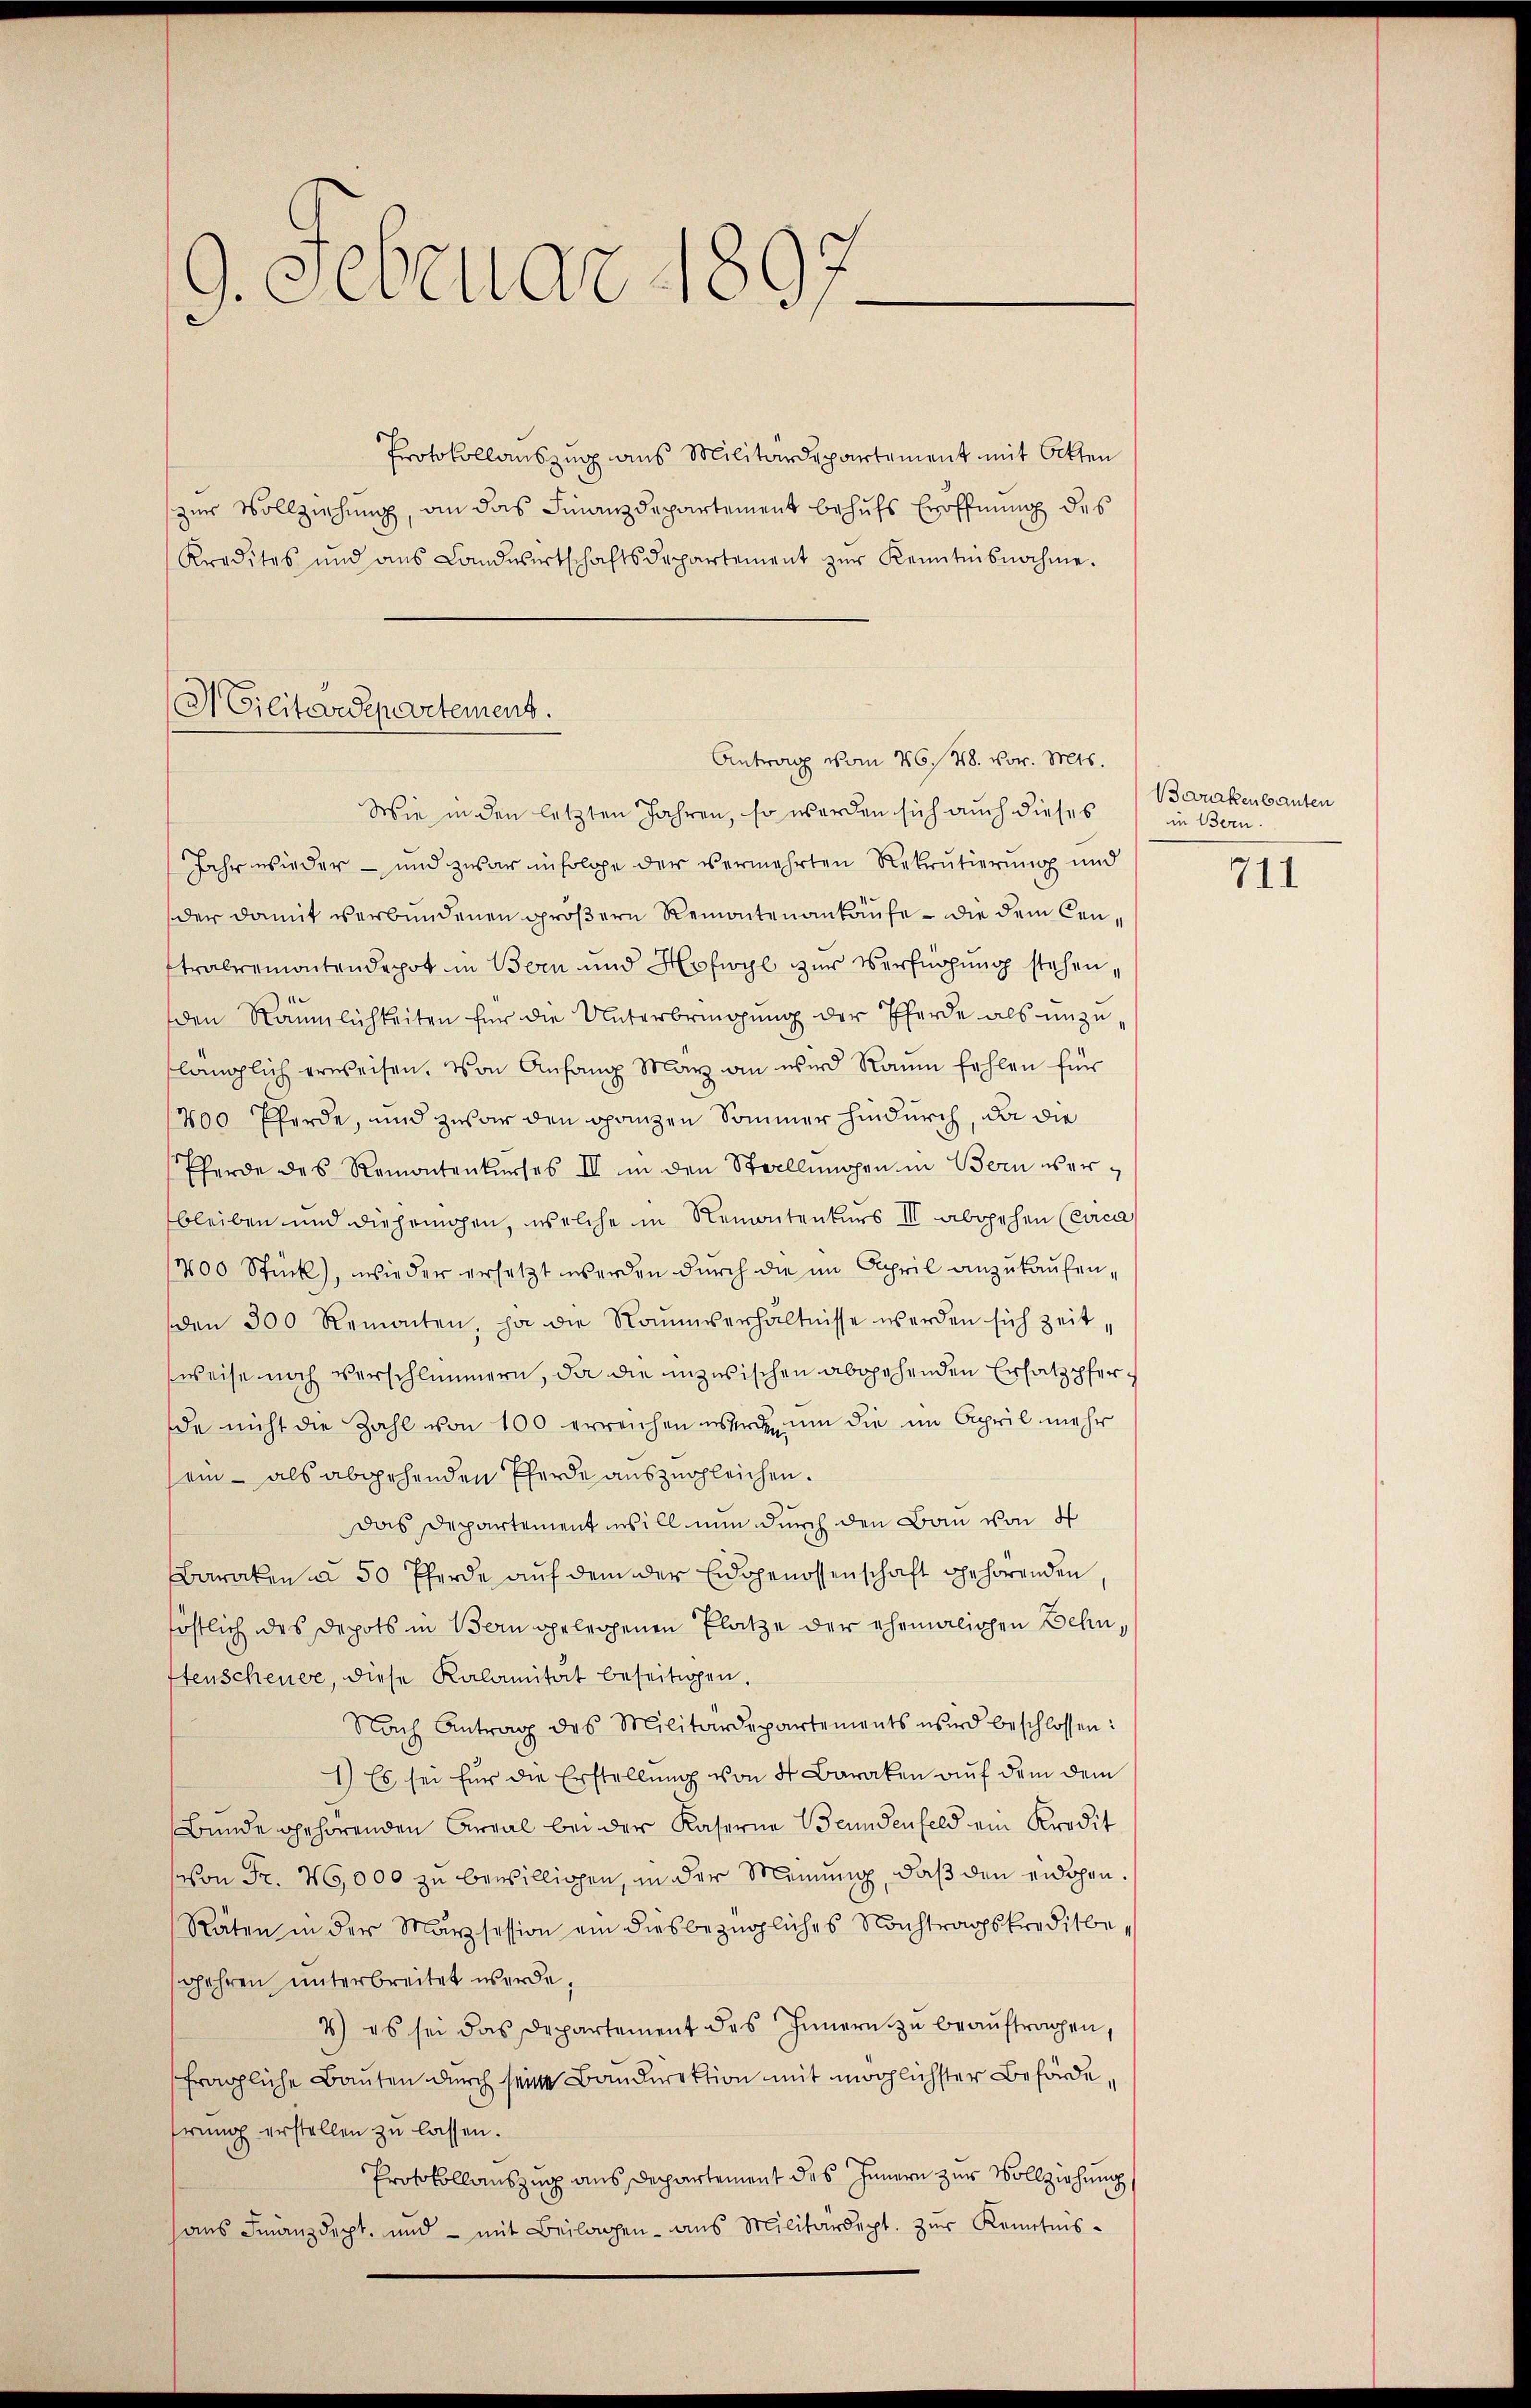
.
—
.Februar 189

Protokollauszug aus Militärdepartement mit Otten
zur Vollziehung, an das Finanzdepartement behufs Eröffnung des
Kredites und ans Landwirtschaftsdepartement zŭr Kenntnisnahme.

Militärdepartemens.
Antrag vom 26. 48. vor. Mts.

Wie in den letzten Jahren, so werden sich auch dieses
Jahr wieder – und zwar infolge der vermehrten Rekrutierung und
der damit verbundenen größere Remontenankaufe – die dem Cen¬
Stralermontendepot in Bern und Hofwyl zur Verfügung stehen,
den Räumlichkeiten für die Unterbringŭng der Pferde als unzulänglich erweisen. Von Anfang Marz an wird Raum fehlen für
1200 Pferde, und zwar den ganzen Sommer hindurch, da die
Pferde des Remontenkurses II in den Stellungen in Bern verbleiben und diejenigen, welche in Remontenkurs III abgehen (cica
400 Stück, wieder ersetzt werden durch die im April anzukaufen,
den 300 Remonten, ja die Raŭmverhältnisse werden sich zeit,
weise noch verschlimmern, da die inzwischen abgehenden Ersatzpferde nicht die Zahl von 100 erreichen wird in die im April mehr
sein - als abgehenden Pferde auszugleichen.
das Departement will nun durch den Bau von d
Baraken u. 50 Pferde auf dem der Eidsgenossenschaft gehörenden
töstlich des Depots in Bern gelegenen Platze der ehemalichen Behnstenscheuer, diese Kalamität beseitigen.
Nach Antrag des Militärdepartements wird beschlossen:
1) Es sei für die Erstellung von 4 Baraken auf dem dem
Bunde gehörenden Areal bei der Kaserne Beundenfeld ein Kredit
von Fr. 46,000 zu bewilligen, in der Meinung, daß den eidgen.
Räten in der Marzsession ein diesbezügliches Nachtragskreditbe,
Jahren unterbreitet werde,
2) es sei das Departement des Innern zu beauftragen,
fragliche Bauten durch seine Baudirektion mit möglichster Behörde,
erung erstellen zu lassen.
Protokollauszug aus Departement des Innern zur Vollziehung
ans Finanzdept, und - mit Beilagen ans Militärdept. zŭr Kenntnis-

Benkenbauten
in Bern.

711